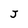
Character: J